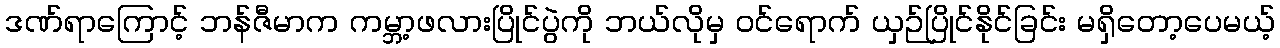
ဒဏ်ရာကြောင့် ဘန်ဇီမာက ကမ္ဘာ့ဖလားပြိုင်ပွဲကို ဘယ်လိုမှ ဝင်ရောက် ယှဉ်ပြိုင်နိုင်ခြင်း မရှိတော့ပေမယ့်